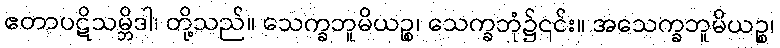
ဧတာပဋိသမ္ဘိဒါ၊ တို့သည်။ သေက္ခဘူမိယဉ္စ၊ သေက္ခဘုံ၌၎င်း။ အသေက္ခဘူမိယဉ္စ၊